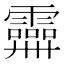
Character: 𩆕